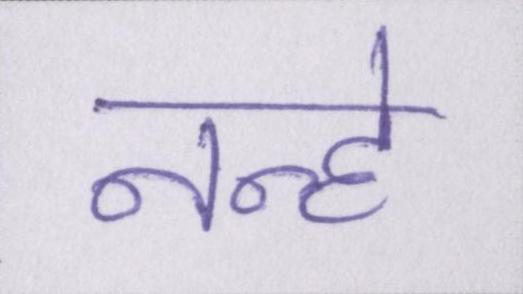
नन्हे